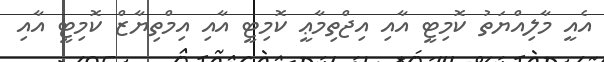
އެއީ މާލިއްޔަތު ކޮމިޓީ އާއި އިޖްތިމާޢީ ކޮމިޓީ އާއި އިމްތިޔާޒް ކޮމިޓީ އާއި